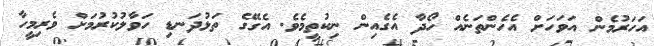
އަހަރުމެން އަވަހަށް އެހެންތަނެއް ހޯދާ އެގެއިން ނިކުތީމެވެ. އެގޭގެ ތަޅުދަނޑި ހަވާލުކުރުމަށް ވެރިމީހާ